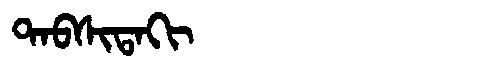
Manchu: ᡨᠠᠪᠰᡳᡨᠠᡴᡳ
Romanization: TABSITAKI